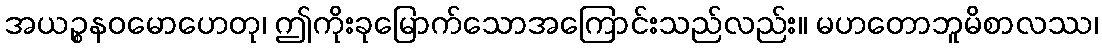
အယဉ္စနဝမောဟေတု၊ ဤကိုးခုမြောက်သောအကြောင်းသည်လည်း။ မဟတောဘူမိစာလဿ၊